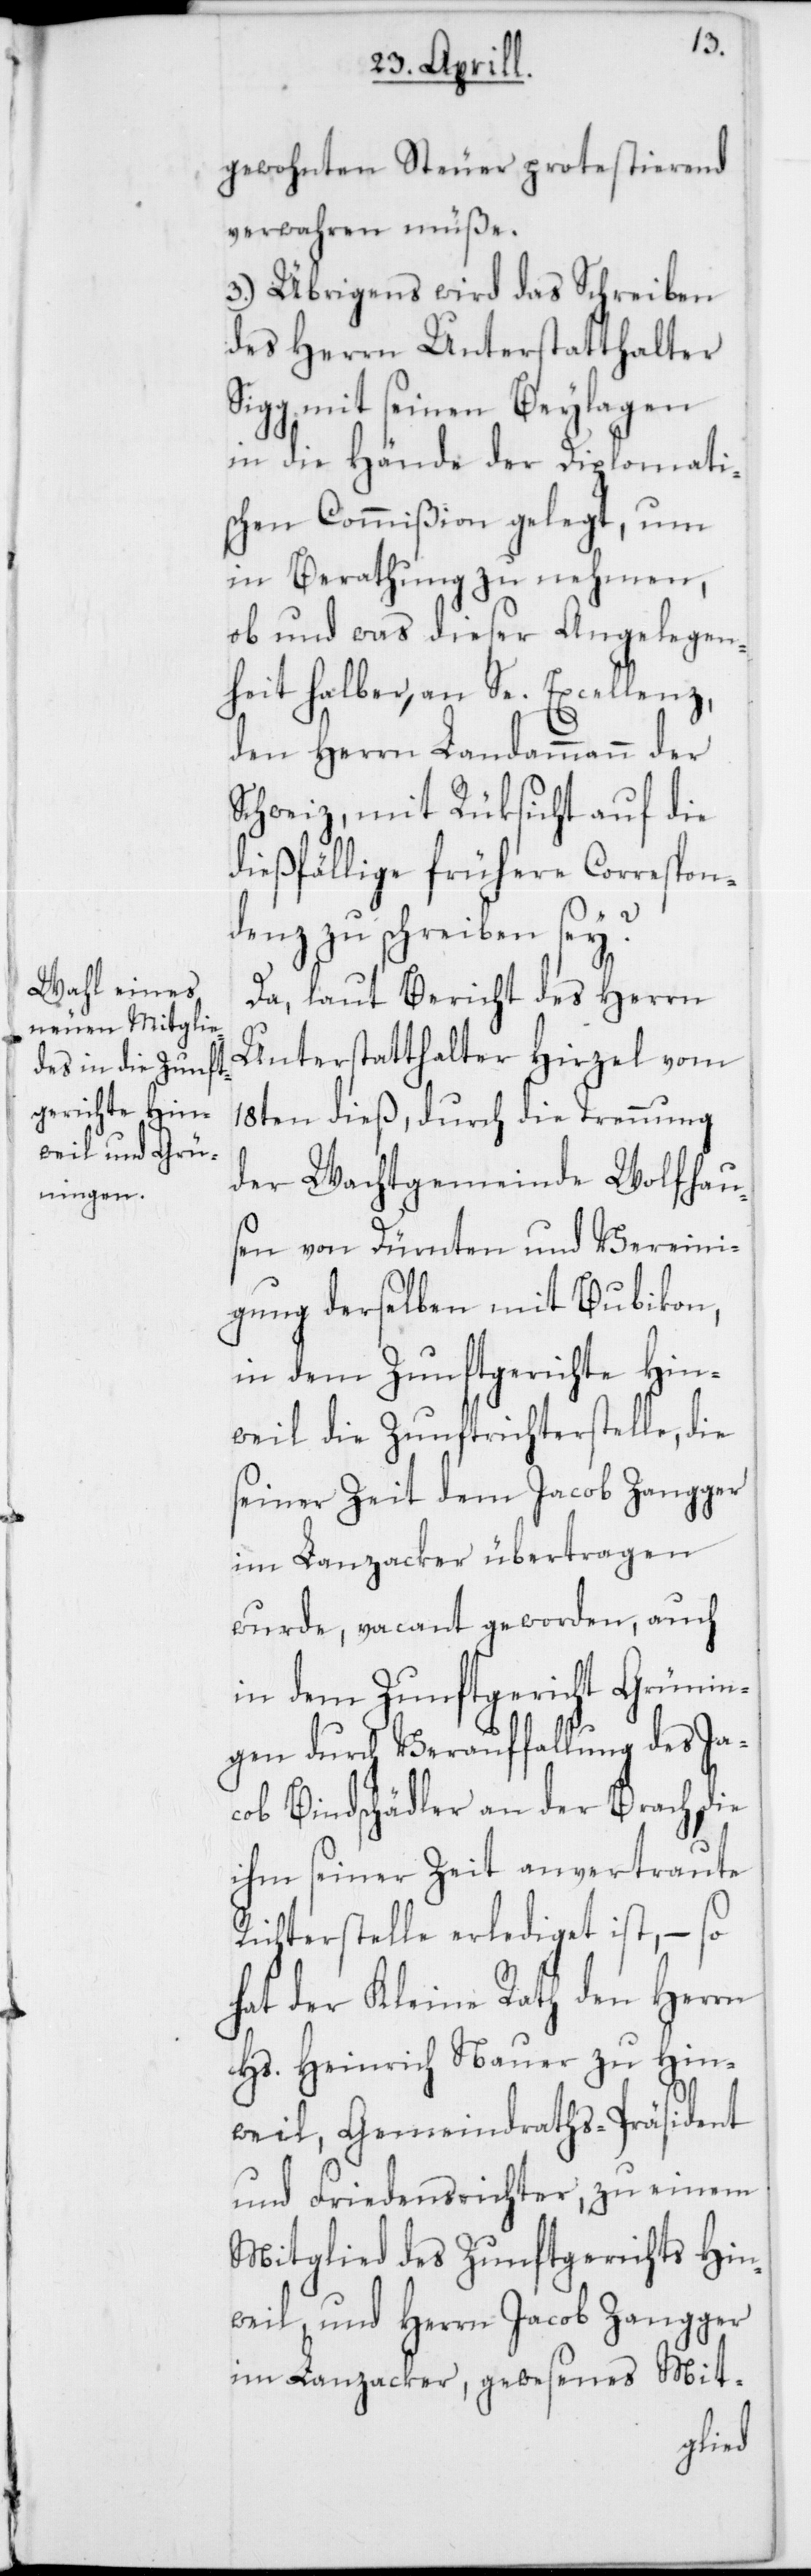
gewohnten Steuer protestierend
verwahren müße.
3.) Übrigens wird das Schreiben
des Herrn Unterstatthalter
Sigg, mit seinen Beylagen
in die Hände der Diplomati¬
schen Commißion gelegt, um
in Berathung zu nehmen,
ob und was dieser Angelegen¬
heit halber an Se. Excellenz,
den Herrn Landammann der
Schweiz, mit Rüksicht auf die
dießfällige frühere Correspon¬
denz zu schreiben sey?
Da, laut Bericht des Herrn
Unterstatthalter Hirzel vom
18ten dieß, durch die Trennung
der Wachtgemeinde Wolfhau¬
sen von Dürnten und Vereini¬
gung derselben mit Bubikon,
in dem Zunftgerichte Hin¬
weil die Zunftrichterstelle, die
seiner Zeit dem Jacob Zangger
im Lanzacker übertragen
wurde, vacant geworden, auch
in dem Zunftgericht Grünin¬
gen durch Verauffallung des Ja¬
cob Bindschädler an der Brach, die
ihm seiner Zeit anvertraute
Richterstelle erlediget ist, – so
hat der Kleine Rath den Herrn
Hs. Heinrich Nauer zu Hin¬
weil, Gemeindraths-Präsident
und Friedensrichter, zu einem
Mitglied des Zunftgerichts Hin¬
weil, und Herrn Jacob Zangger
im Lanzacker, gewesenes Mit-